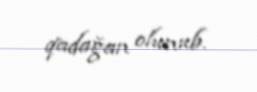
qadağan olunub.